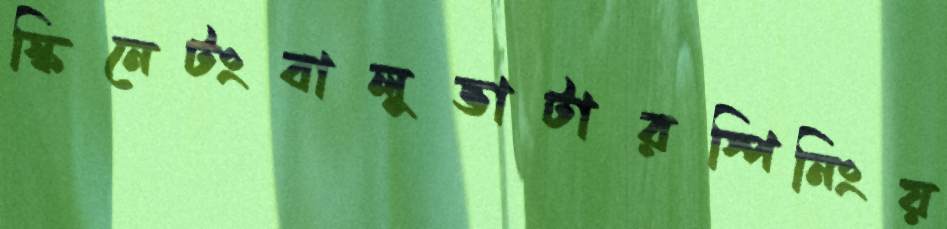
স্কিনেটংবালুভাটারস্পিনিংয়